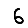
Digit: 6